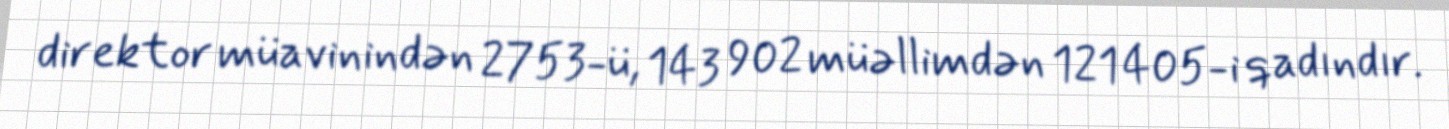
direktor müavinindən 2753-ü, 143 902 müəllimdən 121 405-i qadındır.